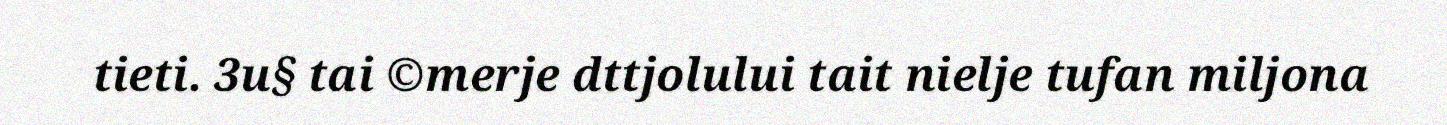
tieti. 3u§ tai ©merje dttjolului tait nielje tufan miljona